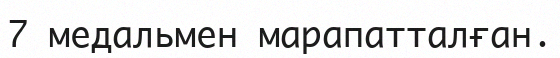
7 медальмен марапатталған.